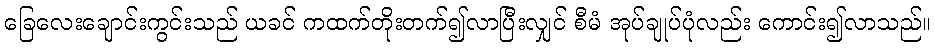
ခြေလေးချောင်းကွင်းသည် ယခင် ကထက်တိုးတက်၍လာပြီးလျှင် စီမံ အုပ်ချုပ်ပုံလည်း ကောင်း၍လာသည်။